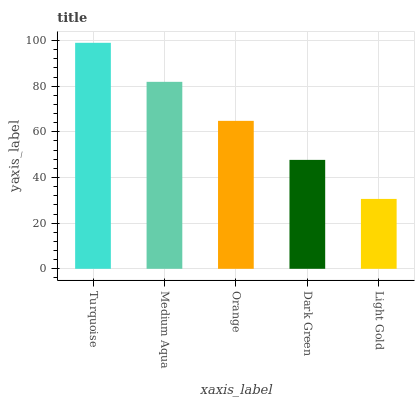
| xaxis_label | bars |
 | --- | --- |
 | Turquoise | 99 |
 | Medium Aqua | 81.9 |
 | Orange | 64.8 |
 | Dark Green | 47.7 |
 | Light Gold | 30.6 |